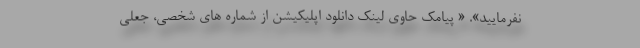
نفرمایید». « پیامک حاوی لینک دانلود اپلیکیشن از شماره های شخصی، جعلی